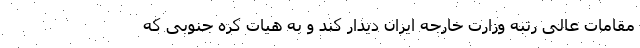
مقامات عالی رتبه وزارت خارجه ایران دیدار کند و به هیات کره جنوبی که